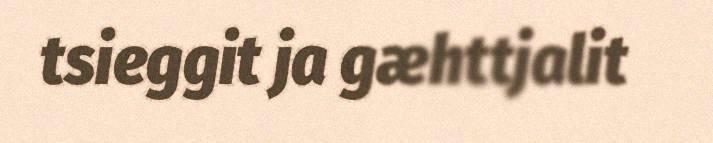
tsieggit ja gæhttjalit